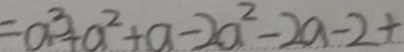
= a ^ { 3 } + a ^ { 2 } + a - 2 a ^ { 2 } - 2 a - 2 +